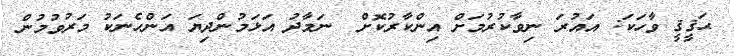
ޙަޤީޤީ ވާހަކަ: އައުރަ ނިވާކުރުމަށް އިންކާރުކޮށް  ނަމާދު އަޅަމުންދިޔަ އަންހެނަކު މަރުވުމުން